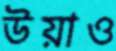
উয়াও